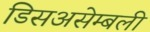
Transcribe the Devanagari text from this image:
डिसअसेम्बली